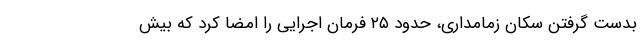
بدست گرفتن سکان زمامداری، حدود ۲۵ فرمان اجرایی را امضا کرد که بیش